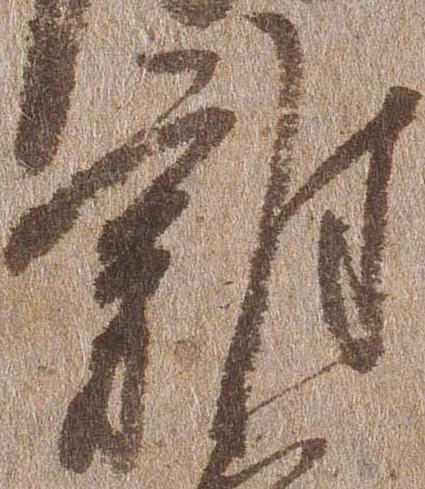
雑